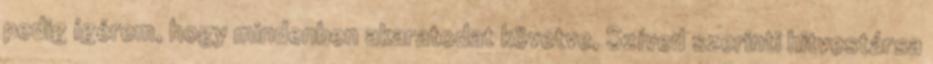
pedig ígérem, hogy mindenben akaratodat követve, Szíved szerinti hitvestársa